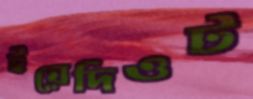
ইয়েদিওট